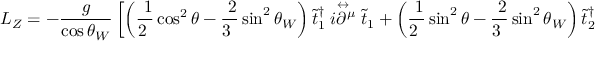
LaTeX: { \cal L } _ { Z } = - \frac { g } { \cos \theta _ { W } } \left[ \left( \mathrm { \frac { ~ 1 } { 2 ~ } } \cos ^ { 2 } \theta - \mathrm { \frac { ~ 2 } { 3 ~ } } \sin ^ { 2 } \theta _ { W } \right) \tilde { t } _ { 1 } ^ { \dagger } \stackrel { \leftrightarrow } { i \partial ^ { \mu } } \tilde { t } _ { 1 } + \left( \mathrm { \frac { ~ 1 } { 2 ~ } } \sin ^ { 2 } \theta - \mathrm { \frac { ~ 2 } { 3 ~ } } \sin ^ { 2 } \theta _ { W } \right) \tilde { t } _ { 2 } ^ { \dagger } \stackrel { \leftrightarrow } { i \partial ^ { \mu } } \tilde { t } _ { 2 } \right.